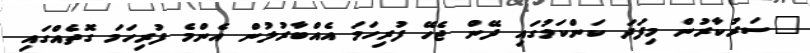
"ސަރުކާރުން މިފަދަ ކަންކަމުގައި ދޭން ޖެހޭ ފުރިހަމަ އެއްބާރުލުން އެންމެ ފުރިހަމަ ގޮތެއްގައި